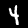
Digit: 4